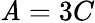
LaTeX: \mathit{A}=3C